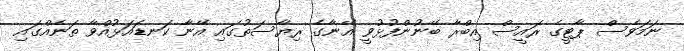
ނަމަވެސް ޕާޓީގެ ރައީސް އިބްރާ ބޭނުންފުޅުވީ އޭނާގެ ރިޔާސަތުގައި އޭނާ ކަނޑައަޅުއްވާ ތަނެއްގައި